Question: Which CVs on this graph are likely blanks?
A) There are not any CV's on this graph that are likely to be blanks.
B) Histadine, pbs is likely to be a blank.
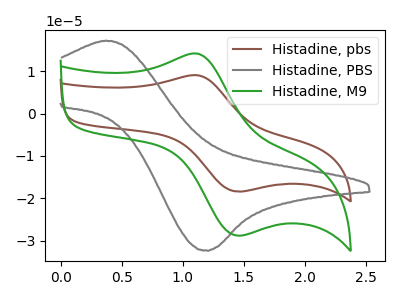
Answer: <think>The brown curve "Histadine, pbs" has an anodic peak at (1.15V, 9.05uA) and a cathodic peak at (1.45V, -18.45uA). The gray curve "Histadine, PBS" has an anodic peak at (0.35V, 17.25uA) and a cathodic peak at (1.20V, -32.40uA). The green curve "Histadine, M9" has an anodic peak at (1.15V, 14.10uA) and a cathodic peak at (1.45V, -28.85uA).</think>
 <answer>A) There are not any CV's on this graph that are likely to be blanks.</answer>
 <eval>A</eval>